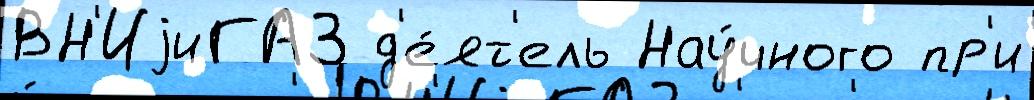
ВН'ИjиГАЗ д'е́ят'ель Нау́чного пр'и